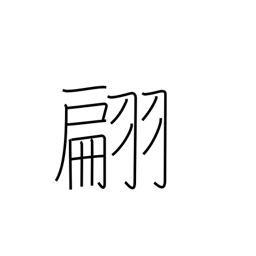
Meaning: fluttering of flag